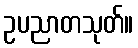
ဥပညာတသုတ်။